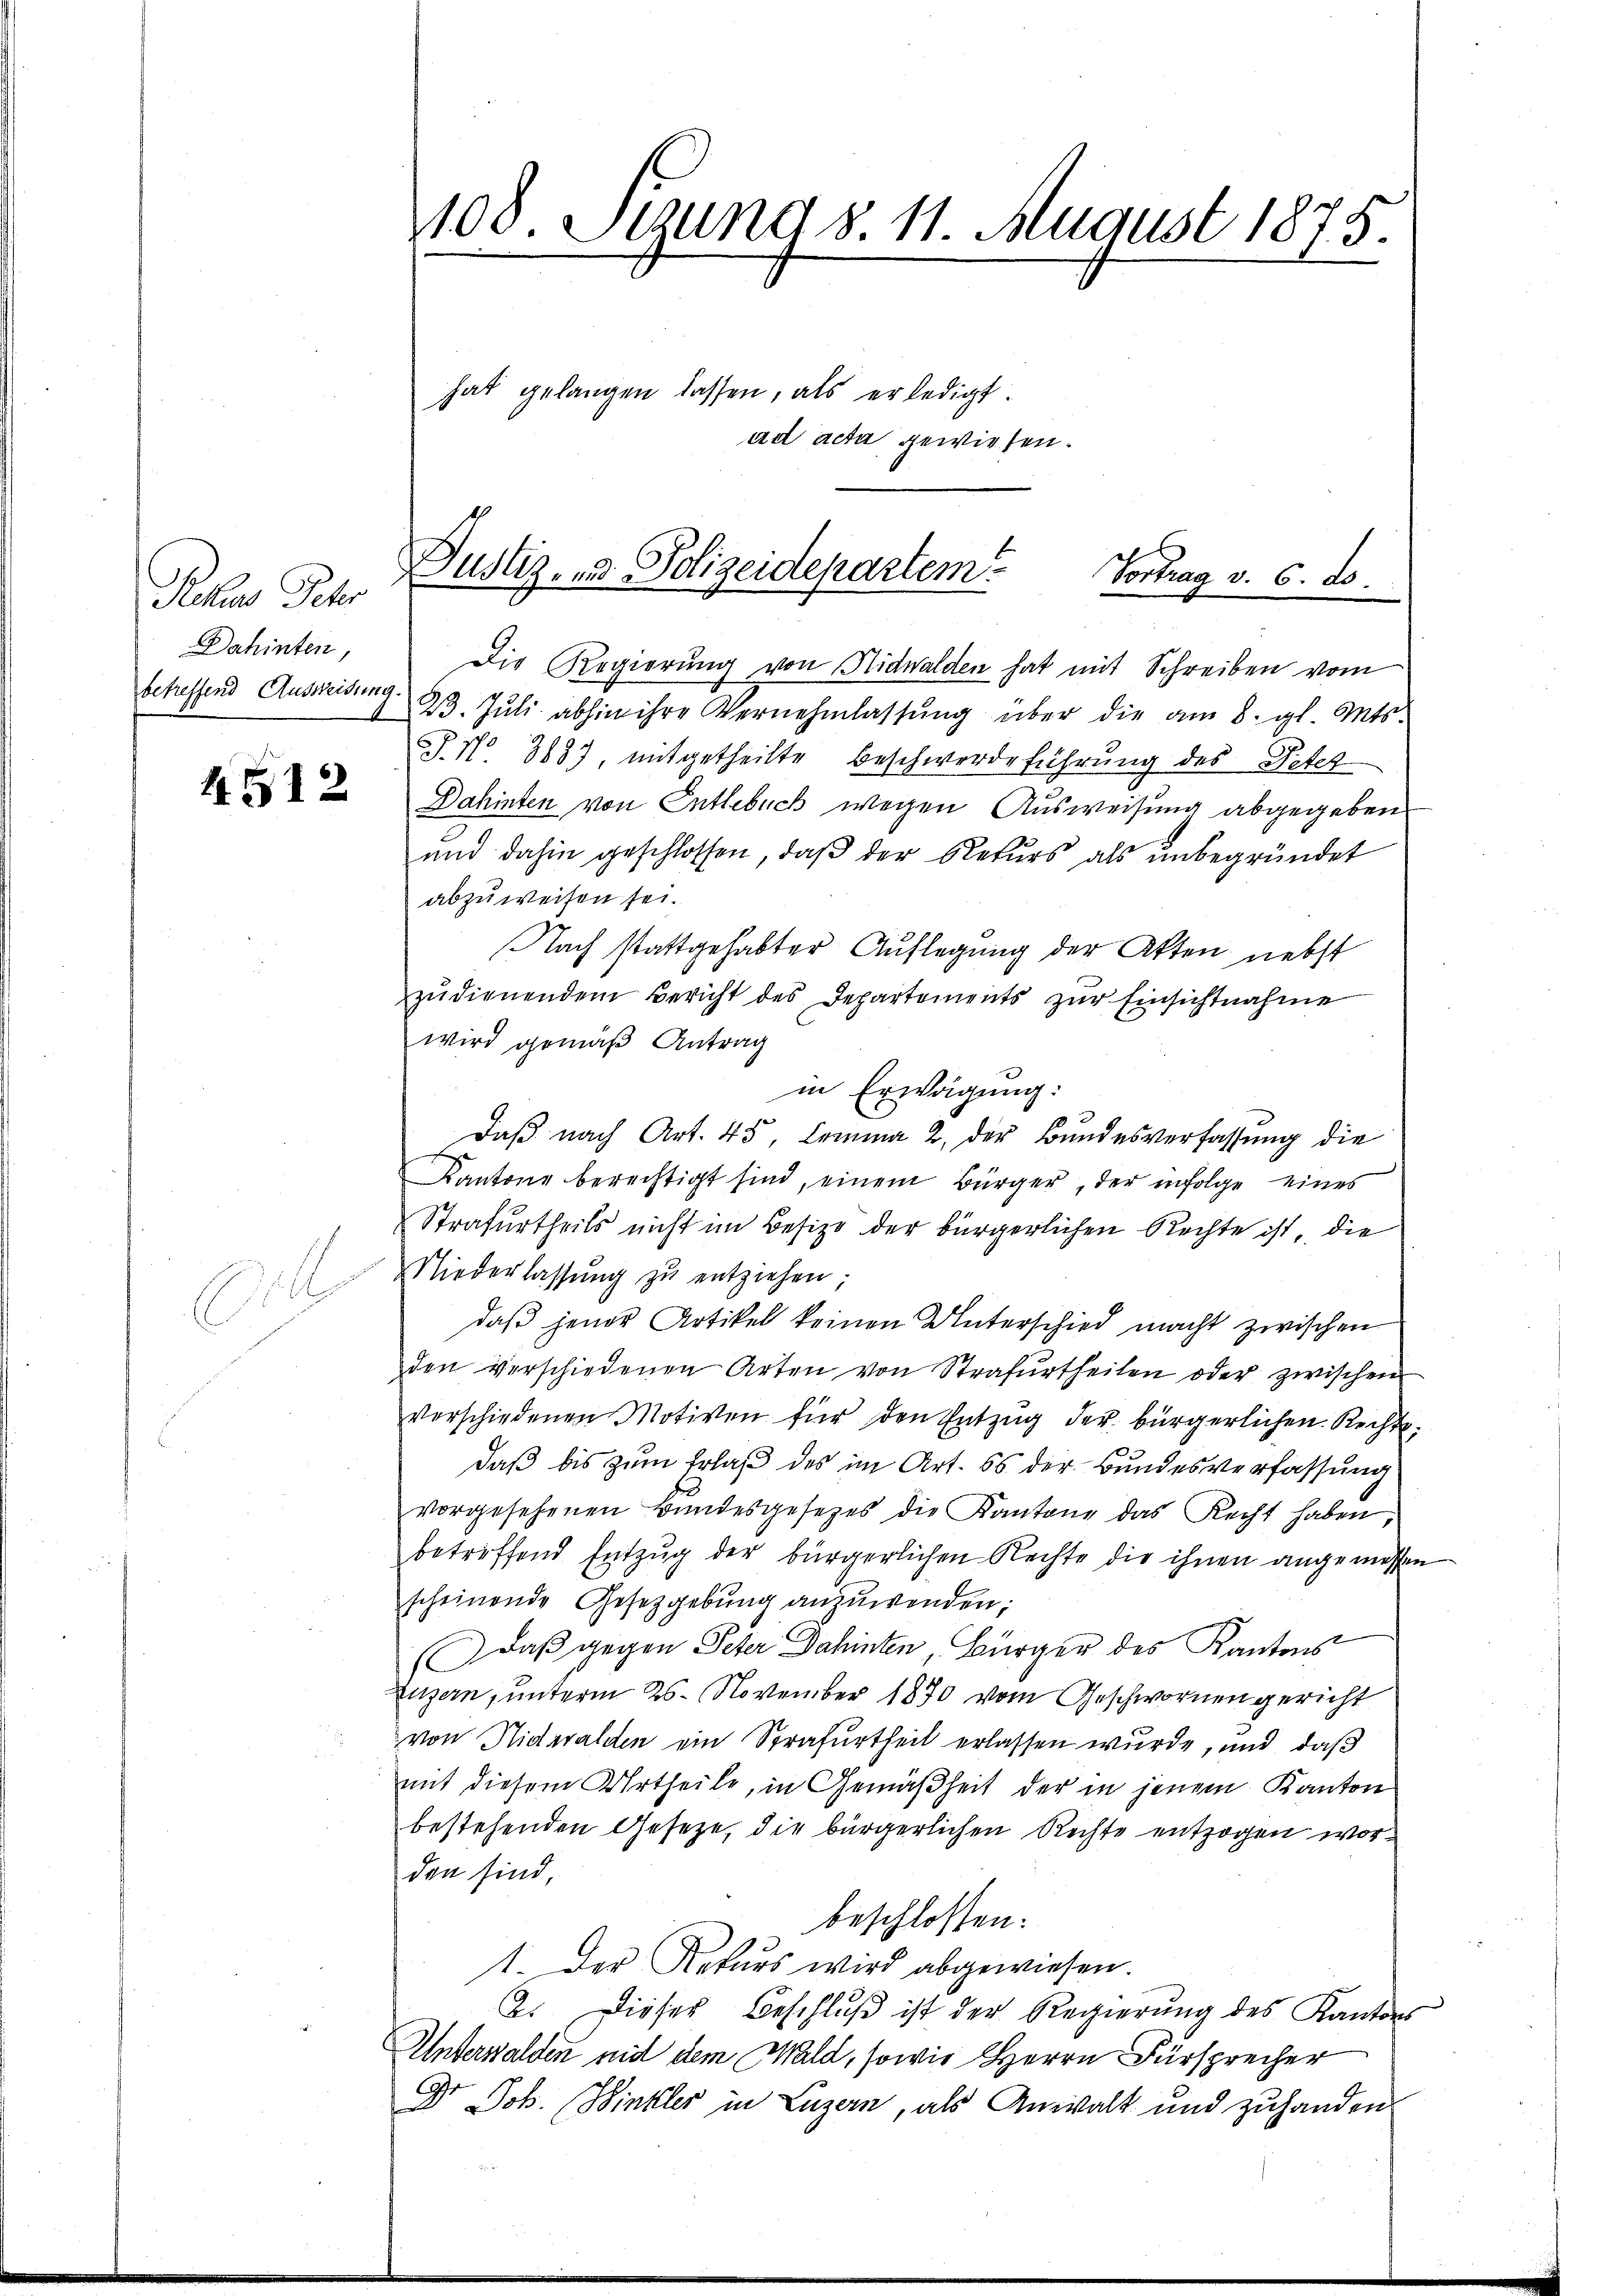
Prcus Peter
Dahinten,

4512

1

Die Regierung von Nidwalden hat mit Schreiben vom
betreffend Ausweisung. 23. Jŭli abhin ihre Vernehmlassŭng über die am 8. gl. Mts.
T. No. 3883, mitgetheilte Beschwerdeführung des Peter
Dahinten von Entlebuch wegen Ausweisung abgegeben
und dahin geschlossen, daβ der Rekurs als ŭnbegründet
abzuweisen sei.
Nach stattgehabter Auflegung der Akten nebst
zŭdienendem Bericht des Departements zŭr Einsichtnahme
wird gemäß Antrag
in Erwägung:
Daß nach Art. 45, Comma 2 der Bundesverfassung die
Kantone berechtigt sind, einem Bürger, der infolge eines
Strafurtheils nicht im Besize der bürgerlichen Rechte ist, die
Niederlassŭng zŭ entziehen;
daß jener Artikel keinen Unterschied macht zwischen
den verschiedenen Arten von Strafurtheilen oder zwischen
verschiedenen Motiven für den Entzug der bürgerlichen Rechtsdaß bis zum Erlaß des im Art. 56 der Bundesverfassung
vorgesehenen Bŭndesgesetzes die Kantone das Recht haben,
betreffend Entzŭg der bürgerlichen Rechte die ihnen angemessen
scheinende Gesetzgebung anzuwenden;
(Daß gegen Peter Dahinten, Bürger des Kantons
Luzern, unterm 25. November 1870 vom Geschwornen gericht
von Nidwalden ein Strafurtheil erlassen wurde, und daß
mit diesem Urtheile, in Gemäßheit der in jenem Kanton
bestehenden Gesetze, die bürgerlichen Rechte entzogen worden sind,
beschlossen:
1. Der Rekurs wird abgewiesen.
B. Dieses Beschlŭβ ist der Regierung des Kantons
Unterwalden mit dem Wald, sowie Herrn Fürsprecher
Dr Joh. Winkler in Luzern, als Anwalt und zuhanden

108. Stund 8. 11. August 1875.
hat gelangen lassen, als erledigt.
ad acta gewiesen.

Justiz- & Polizeidepartem
Vortrag v. 6. ds.